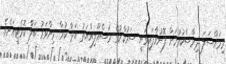
މިމައްސަލަ ދިރާސާކުރުމަށް ފޮނުވާފައިވަނީ ސަރުކާރުގެ މަސްއޫލިއްޔަތު އަދާ ކުރާ މިންވަރު ބަލާ ކޮމެޓީއަށެވެ.